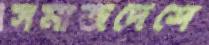
সমাজদেশে